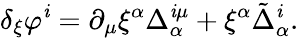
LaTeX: \delta_{\xi}\varphi^{\mathit{i}}=\partial_{\mu}\xi^{\alpha}\Delta_{\alpha}^{\mathit{i}\mu}+\xi^{\alpha}\tilde{{\Delta}}_{\alpha}^{\mathit{i}}.